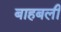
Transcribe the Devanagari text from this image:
बाहबली